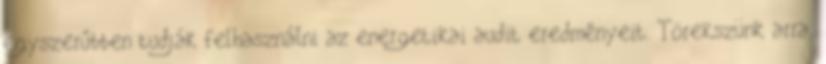
egyszerűbben tudják felhasználni az energetikai audit eredményeit. Törekszünk arra,